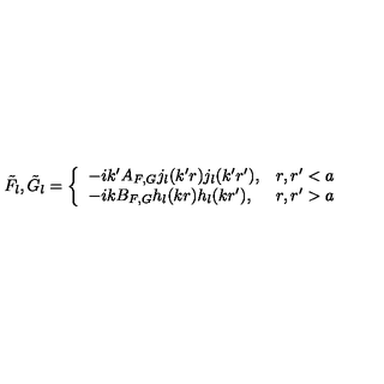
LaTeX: \tilde { F } _ { l } , \tilde { G } _ { l } = \left\{ \begin{array} { l l } { - i k ^ { \prime } A _ { F , G } j _ { l } ( k ^ { \prime } r ) j _ { l } ( k ^ { \prime } r ^ { \prime } ) , } & { r , r ^ { \prime } < a } \\ { - i k B _ { F , G } h _ { l } ( k r ) h _ { l } ( k r ^ { \prime } ) , } & { r , r ^ { \prime } > a } \\ \end{array} \right.